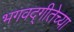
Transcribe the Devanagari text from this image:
भगवद्‌गीतेच्या